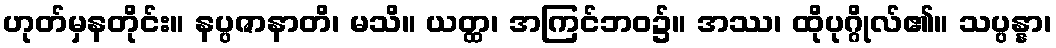
ဟုတ်မှနတိုင်း။ နပ္ပဇာနာတိ၊ မသိ။ ယတ္ထ၊ အကြင်ဘဝ၌။ အဿ၊ ထိုပုဂ္ဂိုလ်၏။ သပ္ပန္နာ၊